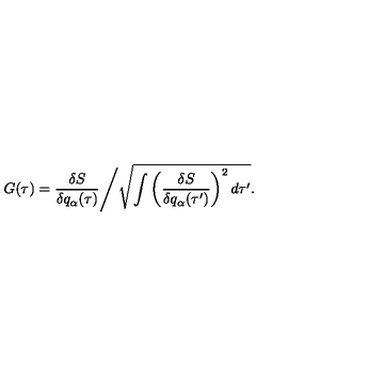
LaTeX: G ( \tau ) = \frac { \delta S } { \delta q _ { \alpha } ( \tau ) } \Biggl / \sqrt { \int \left( \frac { \delta S } { \delta q _ { \alpha } ( \tau ^ { \prime } ) } \right) ^ { 2 } d \tau ^ { \prime } } .